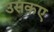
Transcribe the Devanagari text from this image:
उसकए